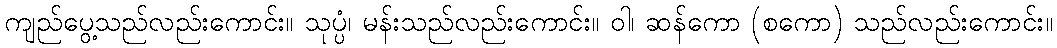
ကျည်ပွေ့သည်လည်းကောင်း။ သုပ္ပံ၊ မန်းသည်လည်းကောင်း။ ဝါ၊ ဆန်ကော (စကော) သည်လည်းကောင်း။